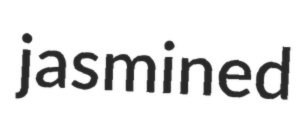
jasmined